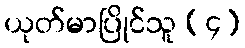
ယုတ်မာပြိုင်သူ (၄)